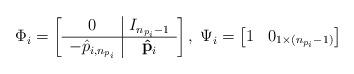
LaTeX: \begin{align*} \Phi_i=\left[\begin{array}{c|c} 0&I_{n_{p_i}-1}\\\hline -\hat{p}_{i,n_{p_i}}&\mathbf{\hat p}_i \end{array}\right],\; \Psi_i=\begin{bmatrix} 1&0_{1\times (n_{p_i}-1)} \end{bmatrix}\end{align*}